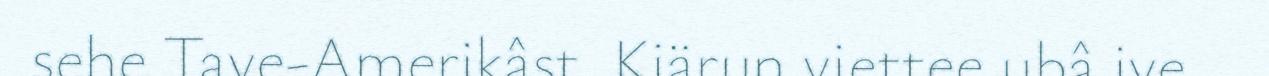
sehe Tave-Amerikâst. Kiärun viettee ubâ ive